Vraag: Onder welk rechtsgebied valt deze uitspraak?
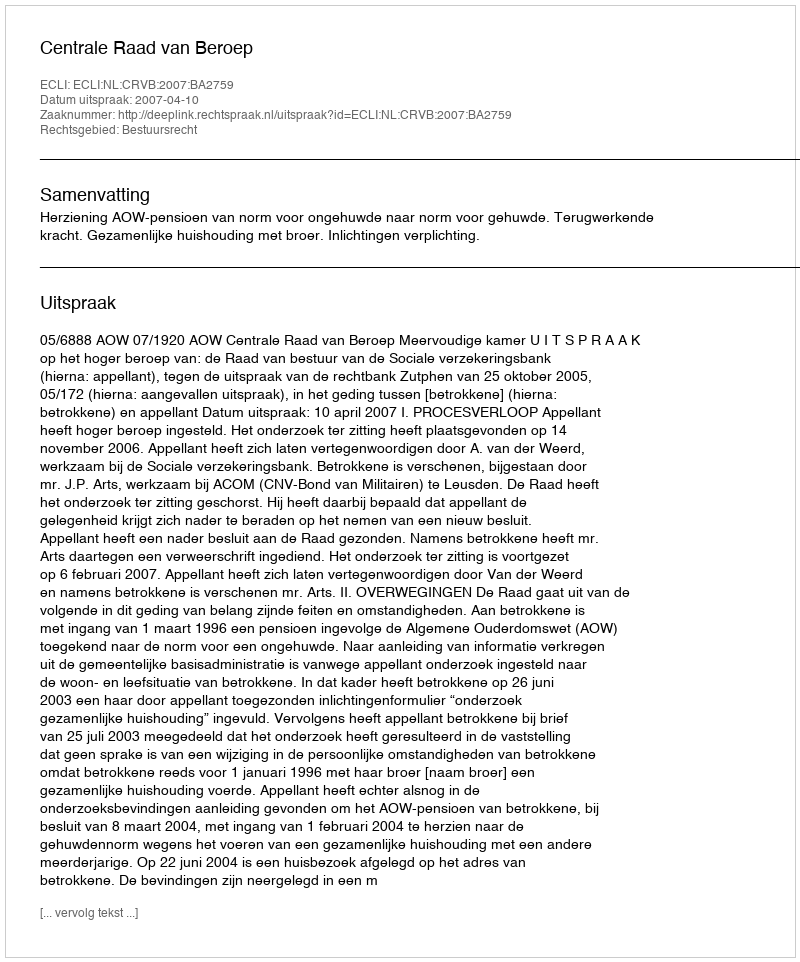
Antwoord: Bestuursrecht